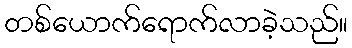
တစ်ယောက်ရောက်လာခဲ့သည်။